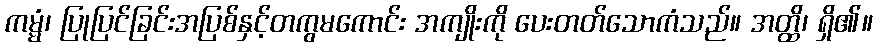
ကမ္မံ၊ ပြုပြင်ခြင်းအပြစ်နှင့်တကွမကောင်း အကျိုးကို ပေးတတ်သောကံသည်။ အတ္ထိ၊ ရှိ၏။